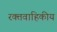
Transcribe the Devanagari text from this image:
रक्तवाहिकीय